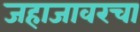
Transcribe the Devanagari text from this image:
जहाजावरचा